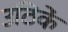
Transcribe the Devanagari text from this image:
उठिकें